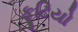
ફૂટિયો